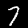
Digit: 7